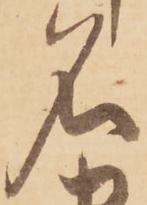
名